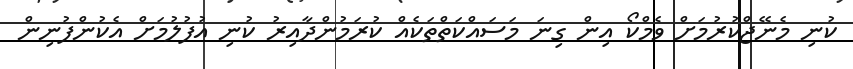
ކުނި މެނޭޖްކުރުމަށް ވެމްކޯ އިން ގިނަ މަސައްކަތްތަކެއް ކުރަމުންދާއިރު ކުނި އުފުލުމަށް އެކުންފުނިން